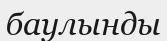
баулынды